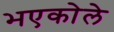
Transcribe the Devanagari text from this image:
भएकोले